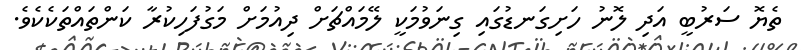
ތެޔޮ ސަރުބީ އަދި ލޮނު ހަށިގަނޑުގައި ގިނަވުމަކީ ލޭމައްޗަށް ދިއުމަށް މަގުފަހިކުރާ ކަންތައްތަކެކެވެ.